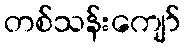
တစ်သန်းကျော်